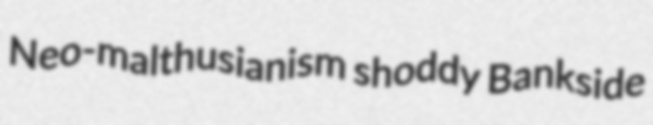
Neo-malthusianism shoddy Bankside